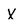
Character: x